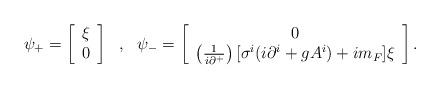
LaTeX: \begin{align*}\psi_+ = \left[ \begin{array}{l} \xi \\ 0 \end{array} \right]~~,~~\psi_- = \left[ \begin{array}{c} 0 \\ \left(\frac{1}{i\partial^+}\right)[\sigma^i(i \partial^i + gA^i) + im_F] \xi\end{array} \right] .\end{align*}